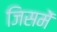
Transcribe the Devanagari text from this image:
जिसमें